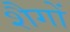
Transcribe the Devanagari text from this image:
शैगों